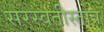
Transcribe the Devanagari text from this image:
सरस्वतीस्तोत्र